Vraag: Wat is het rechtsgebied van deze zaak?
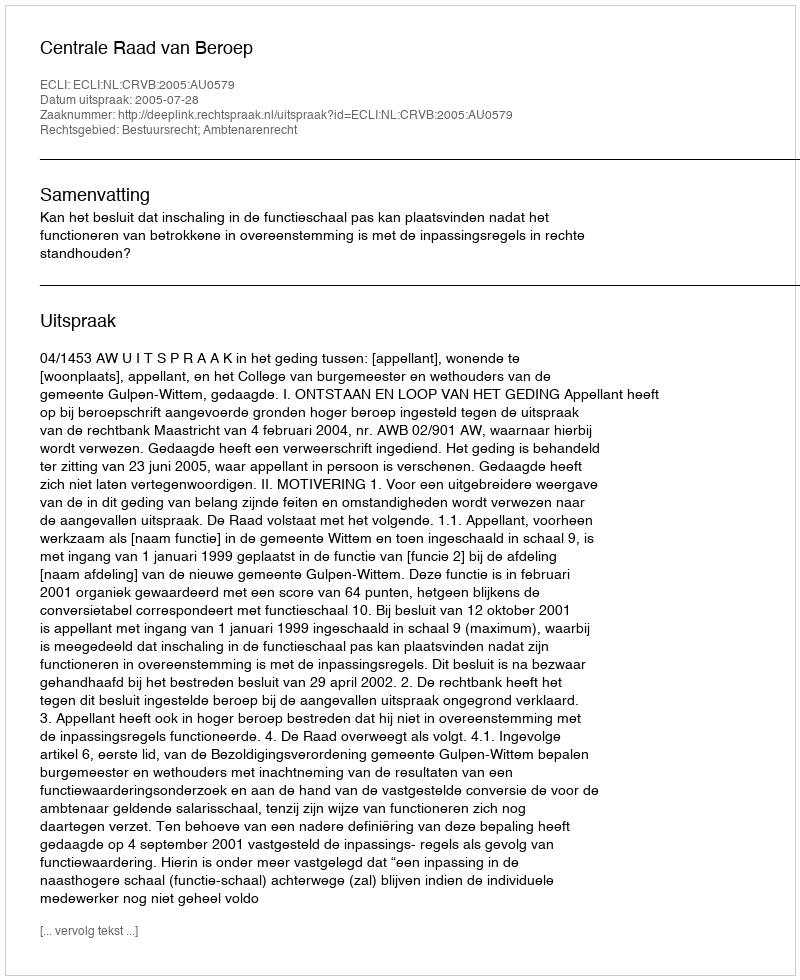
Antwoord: Bestuursrecht; Ambtenarenrecht